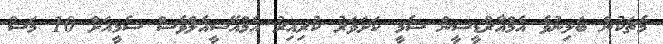
މެޗަކުން ބަލިނުވެ އެމްއާރްޑީސީން ސެމީ ކަށަވަރު ކުރިއިރު އެމްއޭސީއެލްވެސް ސެމީއަށް 10 މަސް